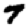
Digit: 7